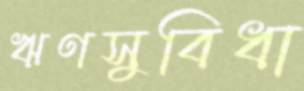
ঋণসুবিধা